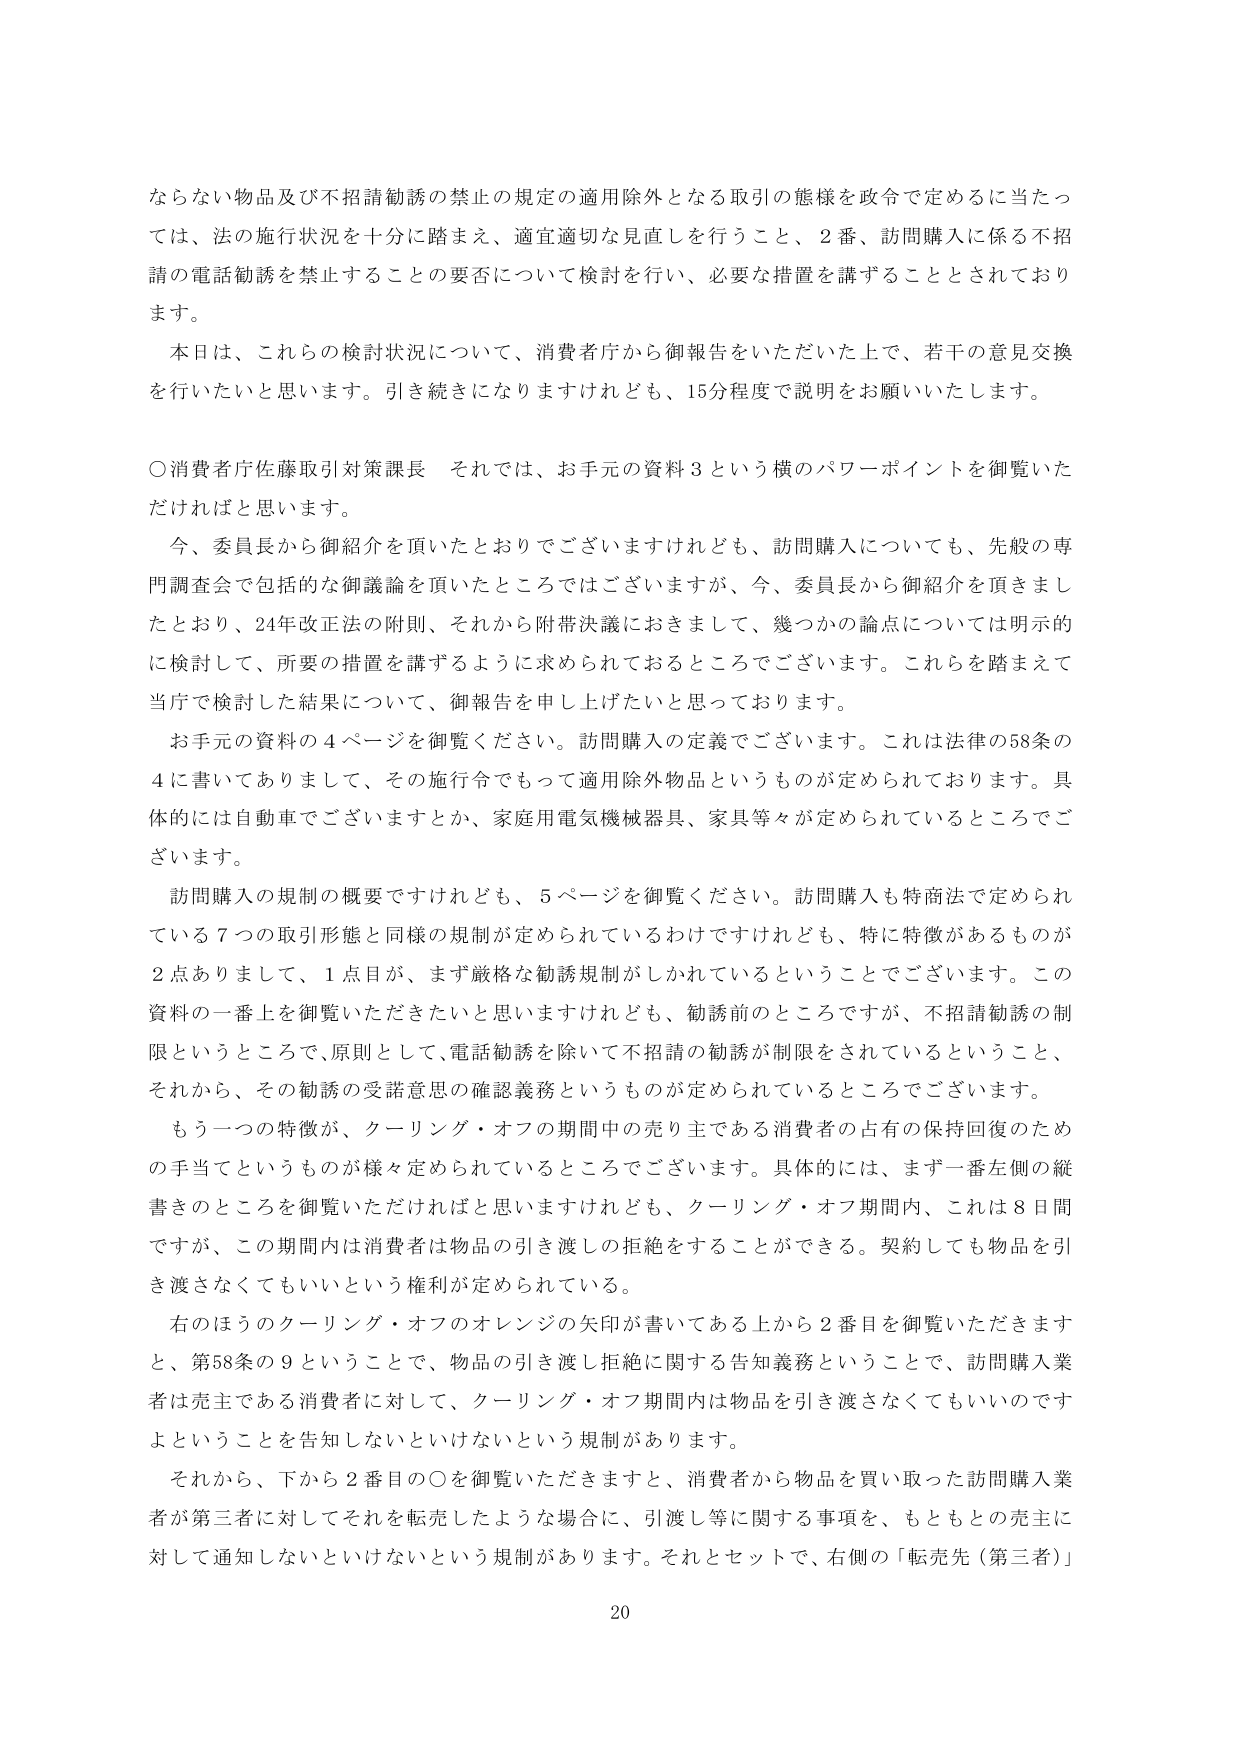
ならない物品及び不招請勧誘の禁止の規定の適用除外となる取引の態様を政令で定めるに当たっては、法の施行状況を十分に踏まえ、適宜適切な見直しを行うこと、2番、訪問購入に係る不招請の電話勧誘を禁止することの要否について検討を行い、必要な措置を講ずることとされております。

本日は、これらの検討状況について、消費者庁から御報告をいただいた上で、若干の意見交換を行いたいと思います。引き続きになりますけれども、15分程度で説明をお願いいたします。

〇消費者庁佐藤取引対策課長 それでは、お手元の資料3という横のパワーポイントを御覧いただければと思います。

今、委員長から御紹介を頂いたとおりでございますけれども、訪問購入についても、先般の専門調査会で包括的な御議論を頂いたところではございますが、今、委員長から御紹介を頂きましたとおり、24年改正法の附則、それから附帯決議におきまして、幾つかの論点については明示的に検討して、所要の措置を講ずるように求められておるところでございます。これらを踏まえて当庁で検討した結果について、御報告を申し上げたいと思っております。

お手元の資料の4ページを御覧ください。訪問購入の定義でございます。これは法律の58条の4に書いてありまして、その施行令でもって適用除外物品というものが定められております。具体的には自動車でございますとか、家庭用電気機械器具、家具等々が定められているところでございます。

訪問購入の規制の概要ですけれども、5ページを御覧ください。訪問購入も特商法で定められている7つの取引形態と同様の規制が定められているわけですが、特に特徴があるものが2点ありまして、1点目が、まず厳格な勧誘規制がしかれているということでございます。この資料の一番上を御覧いただきたいと思いますけれども、勧誘前のところですが、不招請勧誘の制限というところで、原則として、電話勧誘を除いて不招請の勧誘が制限されているということ、それから、その勧誘の受諾意思の確認義務というものが定められているところでございます。

もう一つの特徴が、クーリング・オフの期間中の売り主である消費者の占有の保持回復のための手当てというものが様々定められているところでございます。具体的には、まず一番左側の縦書きのところを御覧いただければと思いますけれども、クーリング・オフ期間内、これは8日間ですが、この期間内は消費者は物品の引き渡しの拒絶をすることができる。契約しても物品を引き渡さなくてもいいという権利が定められている。

右のほうのクーリング・オフのオレンジの矢印が書いてある上から2番目を御覧いただきますと、第58条の9ということで、物品の引き渡し拒絶に関する告知義務ということで、訪問購入業者は売主である消費者に対して、クーリング・オフ期間内は物品を引き渡さなくてもいいのですよということを告知しないといけないという規制があります。

それから、下から2番目の〇を御覧いただきますと、消費者から物品を買い取った訪問購入業者が第三者に対してそれを転売したような場合に、引渡し等に関する事項を、もともとの売主に対して通知しないといけないという規制があります。それとセットで、右側の「転売先（第三者）」

20